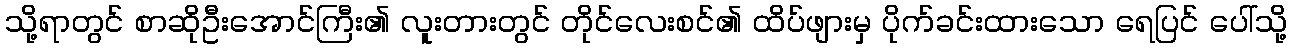
သို့ရာတွင် စာဆိုဦးအောင်ကြီး၏ လူးတားတွင် တိုင်လေးစင်၏ ထိပ်ဖျားမှ ပိုက်ခင်းထားသော ရေပြင် ပေါ်သို့